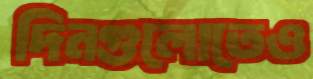
দিনগুলোতেও